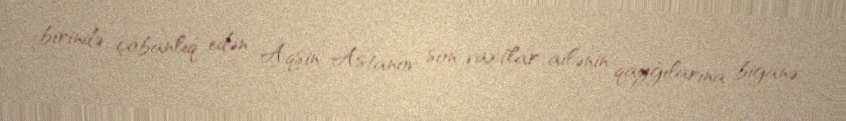
birində çobanlıq edən Aqşin Astanov son vaxtlar ailənin qayğılarına biganə